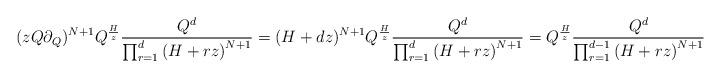
LaTeX: \begin{align*} (zQ \partial_Q)^{N+1} Q^{\frac{H}{z}} \frac{Q^d}{\prod_{r=1}^d \left( H + rz\right)^{N+1}} = (H + dz)^{N+1} Q^{\frac{H}{z}} \frac{Q^d}{\prod_{r=1}^d \left( H + rz\right)^{N+1}} = Q^{\frac{H}{z}} \frac{Q^d}{\prod_{r=1}^{d-1} \left( H + rz\right)^{N+1}} \end{align*}